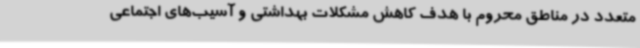
متعدد در مناطق محروم با هدف کاهش مشکلات بهداشتی و آسیب‌های اجتماعی